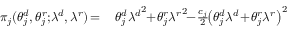
\begin{array} { r l } { \! \! \pi _ { j } ( \theta _ { j } ^ { d } , \theta _ { j } ^ { r } ; \! \lambda ^ { d } , \lambda ^ { r } ) \! = } & { \ \! \theta _ { j } ^ { d } { \lambda ^ { d } } ^ { 2 } \! \! + \! \theta _ { j } ^ { r } { \lambda ^ { r } } ^ { 2 } \! \! - \! \frac { c _ { j } } { 2 } \! \! \left( \theta _ { j } ^ { d } { \lambda ^ { d } } \! + \! \theta _ { j } ^ { r } { \lambda ^ { r } } \right) ^ { 2 } } \end{array}